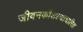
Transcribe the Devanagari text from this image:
जीवनकौशल्याधारित